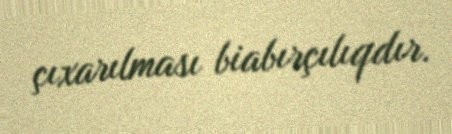
çıxarılması biabırçılıqdır.